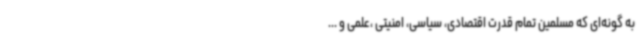
به گونه‌ای که مسلمین تمام قدرت اقتصادی، سیاسی، امنیتی ،علمی و ...